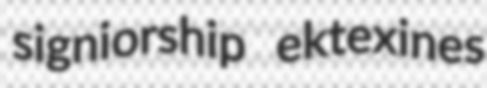
signiorship ektexines